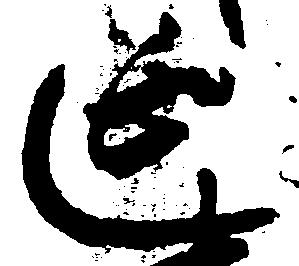
延